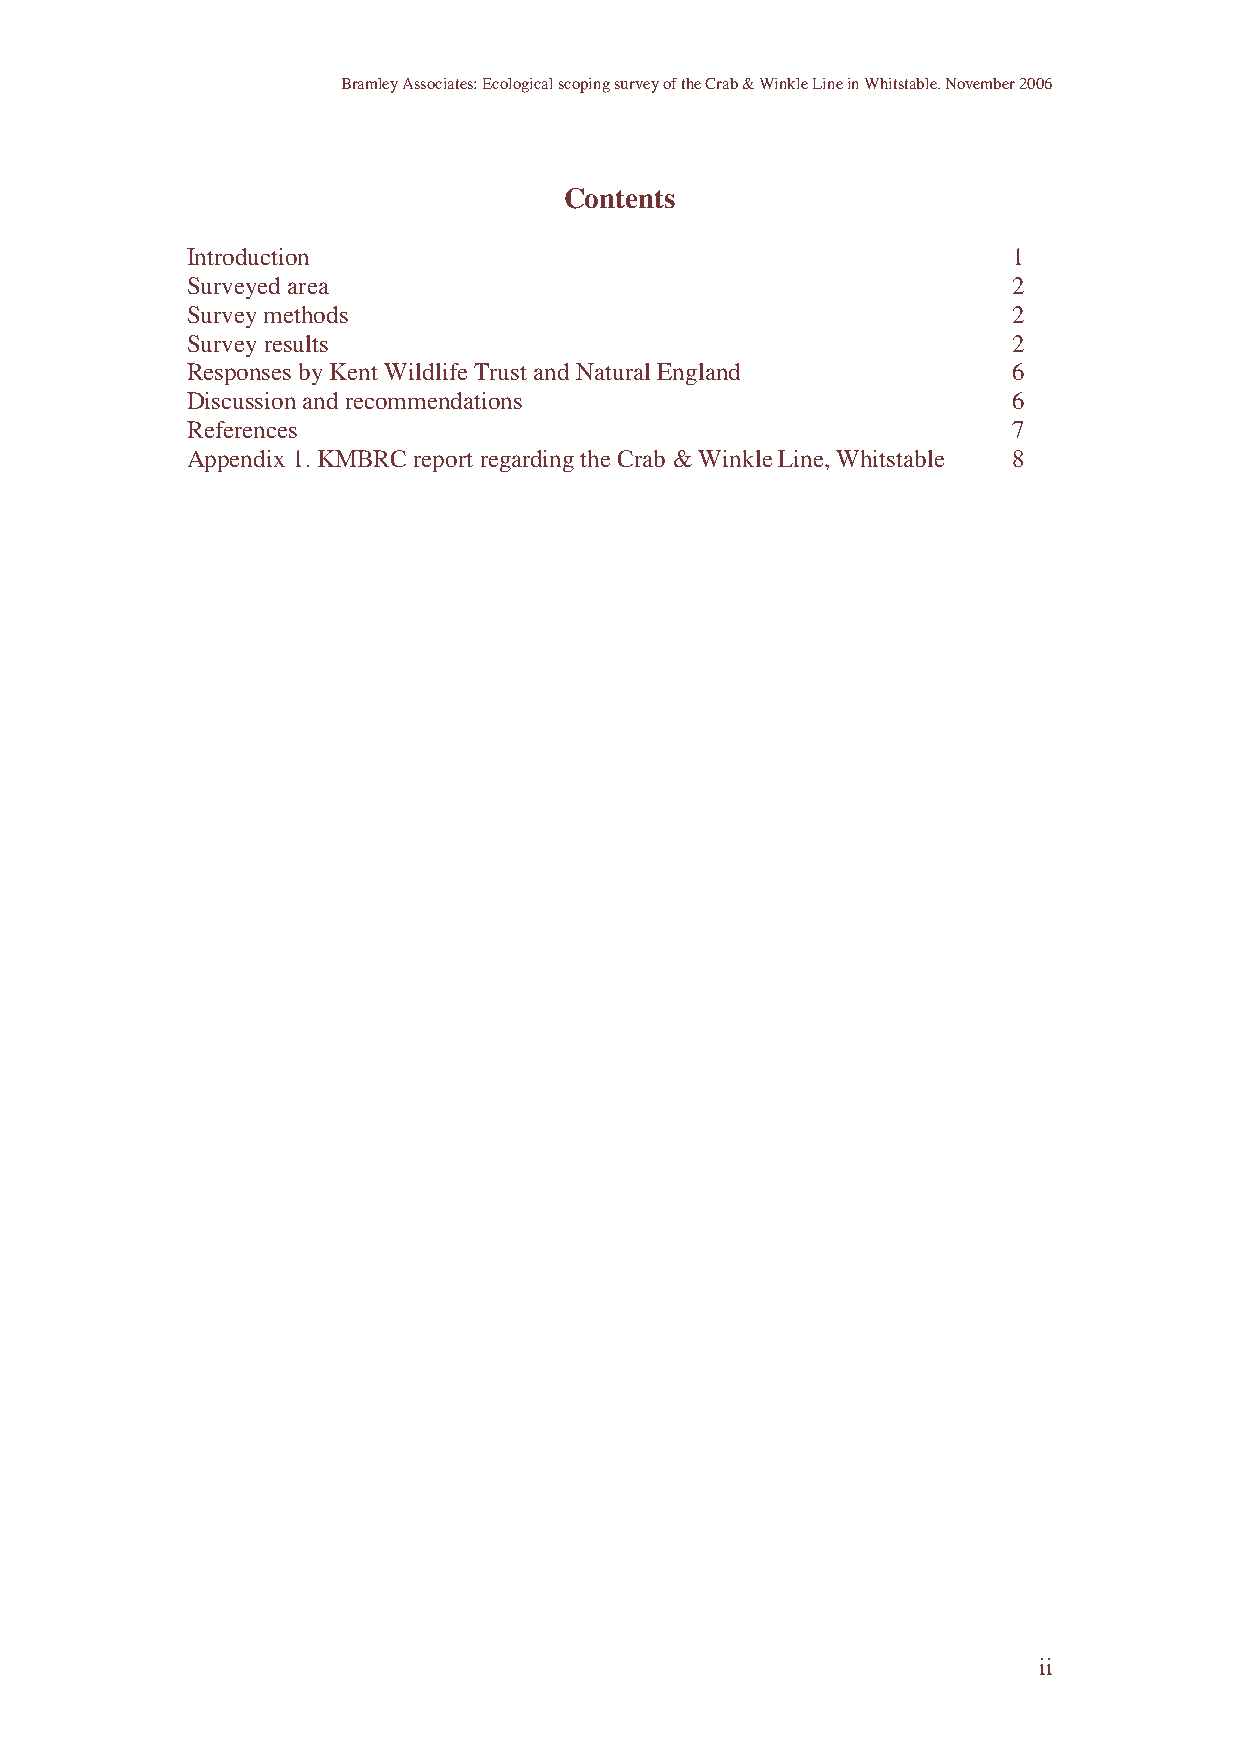
Bramley Associates: Ecological scoping survey of the Crab & Winkle Line in Whitstable. November 2006
 Contents
 Introduction                                           1
 Surveyed area                                          2
 Survey methods                                         2
 Survey results                                         2
 Responses by Kent Wildlife Trust and Natural England   6
 Discussion and recommendations                         6
 References                                             7
 Appendix 1. KMBRC report regarding the Crab & Winkle Line, Whitstable 8
 ii